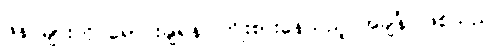
ဖိနပ်များကို ရောင်းချရန် ကြိုးစားနေသည့် အချိန် ဖြစ်သည်။